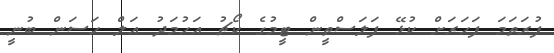
ފުރަތަމަ ފަހަރަށް ކުޅޭ ފަލަސްތީން ޓީމުގެ ކޯޗު އަހުމަދު އަލް ހަސަން ބުނީ